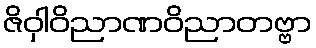
ဇိဝှါဝိညာဏဝိညာတဗ္ဗာ